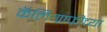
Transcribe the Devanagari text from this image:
कॅलिग्राफीच्या